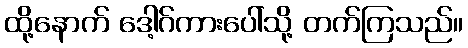
ထို့နောက် ဒေါ့ဂ်ကားပေါ်သို့ တက်ကြသည်။